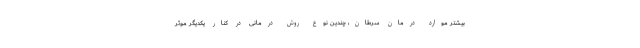
بیشتر موارد درمان سرطان، چندین نوع روش درمانی در کنار یکدیگر موثر